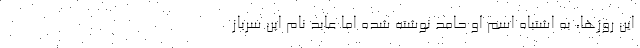
این روزها، به اشتباه اسم او حامد نوشته شده اما عابد نام این سرباز